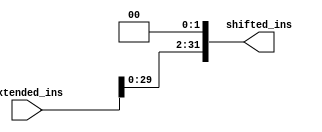
`timescale 1ns / 1ps
//////////////////////////////////////////////////////////////////////////////////
// Company: 
// Engineer: 
// 
// Design Name: 
// Module Name: shift_left_2
// Project Name: 
// Target Devices: 
// Tool Versions: 
// Description: 
// 
// Dependencies: 
// 
// Revision:
// Revision 0.01 - File Created
// Additional Comments:
// 
//////////////////////////////////////////////////////////////////////////////////


module Shift_left2(
    input [31:0] extended_ins,
    output [31:0] shifted_ins
    );
    assign shifted_ins = extended_ins << 2;
endmodule